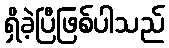
ရှိခဲ့ပြီဖြစ်ပါသည်